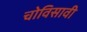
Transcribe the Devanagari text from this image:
चोविसावी